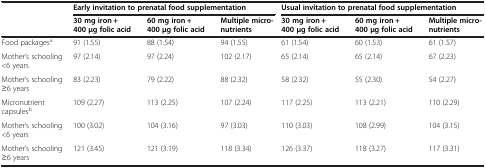
<table><thead><tr><td><b> </b></td><td colspan="3"><b>Early invitation to prenatal food supplementation</b></td><td colspan="3"><b>Usual invitation to prenatal food supplementation</b></td></tr><tr><td><b> </b></td><td><b>30 mg iron + 400 μg folic acid</b></td><td><b>60 mg iron + 400 μg folic acid</b></td><td><b>Multiple micro-nutrients</b></td><td><b>30 mg iron + 400 μg folic acid</b></td><td><b>60 mg iron + 400 μg folic acid</b></td><td><b>Multiple micro-nutrients</b></td></tr></thead><tbody><tr><td>Food packages<sup>a</sup></td><td>91 (1.55)</td><td>88 (1.54)</td><td>94 (1.55)</td><td>61 (1.54)</td><td>60 (1.53)</td><td>61 (1.57)</td></tr><tr><td>Mother’s schooling &lt;6 years</td><td>97 (2.14)</td><td>97 (2.24)</td><td>102 (2.17)</td><td>65 (2.14)</td><td>65 (2.14)</td><td>67 (2.23)</td></tr><tr><td>Mother’s schooling ≥6 years</td><td>83 (2.23)</td><td>79 (2.22)</td><td>88 (2.32)</td><td>58 (2.32)</td><td>55 (2.30)</td><td>54 (2.27)</td></tr><tr><td>Micronutrient capsules<sup>b</sup></td><td>109 (2.27)</td><td>113 (2.25)</td><td>107 (2.24)</td><td>117 (2.25)</td><td>113 (2.21)</td><td>110 (2.29)</td></tr><tr><td>Mother’s schooling &lt;6 years</td><td>100 (3.02)</td><td>104 (3.16)</td><td>97 (3.03)</td><td>110 (3.03)</td><td>108 (2.99)</td><td>104 (3.15)</td></tr><tr><td>Mother’s schooling ≥6 years</td><td>121 (3.45)</td><td>121 (3.19)</td><td>118 (3.34)</td><td>126 (3.37)</td><td>118 (3.27)</td><td>117 (3.31)</td></tr></tbody></table>